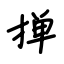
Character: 掸